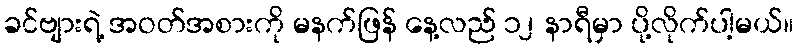
ခင်ဗျားရဲ့ အဝတ်အစားကို မနက်ဖြန် နေ့လည် ၁၂ နာရီမှာ ပို့လိုက်ပါ့မယ်။